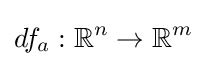
df_{a}:\mathbb {R} ^{n}\to \mathbb {R} ^{m}